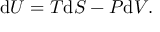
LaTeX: \mathrm { d } U = T \mathrm { d } S - P \mathrm { d } V .